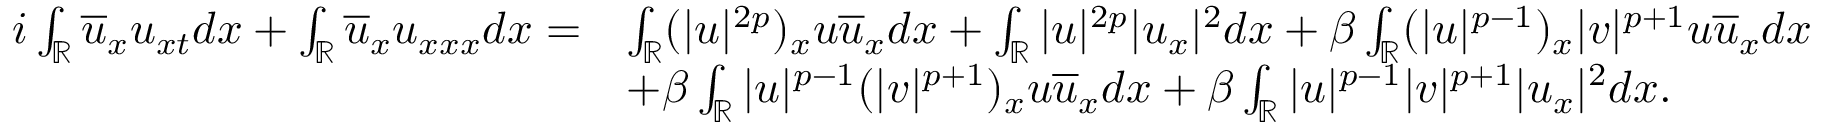
\begin{array} { r l } { i \int _ { \mathbb { R } } \overline { { u } } _ { x } u _ { x t } d x + \int _ { \mathbb { R } } \overline { { u } } _ { x } u _ { x x x } d x = } & { \int _ { \mathbb { R } } ( | u | ^ { 2 p } ) _ { x } u \overline { { u } } _ { x } d x + \int _ { \mathbb { R } } | u | ^ { 2 p } | u _ { x } | ^ { 2 } d x + \beta \int _ { \mathbb { R } } ( | u | ^ { p - 1 } ) _ { x } | v | ^ { p + 1 } u \overline { { u } } _ { x } d x } \\ & { + \beta \int _ { \mathbb { R } } | u | ^ { p - 1 } ( | v | ^ { p + 1 } ) _ { x } u \overline { { u } } _ { x } d x + \beta \int _ { \mathbb { R } } | u | ^ { p - 1 } | v | ^ { p + 1 } | u _ { x } | ^ { 2 } d x . } \end{array}